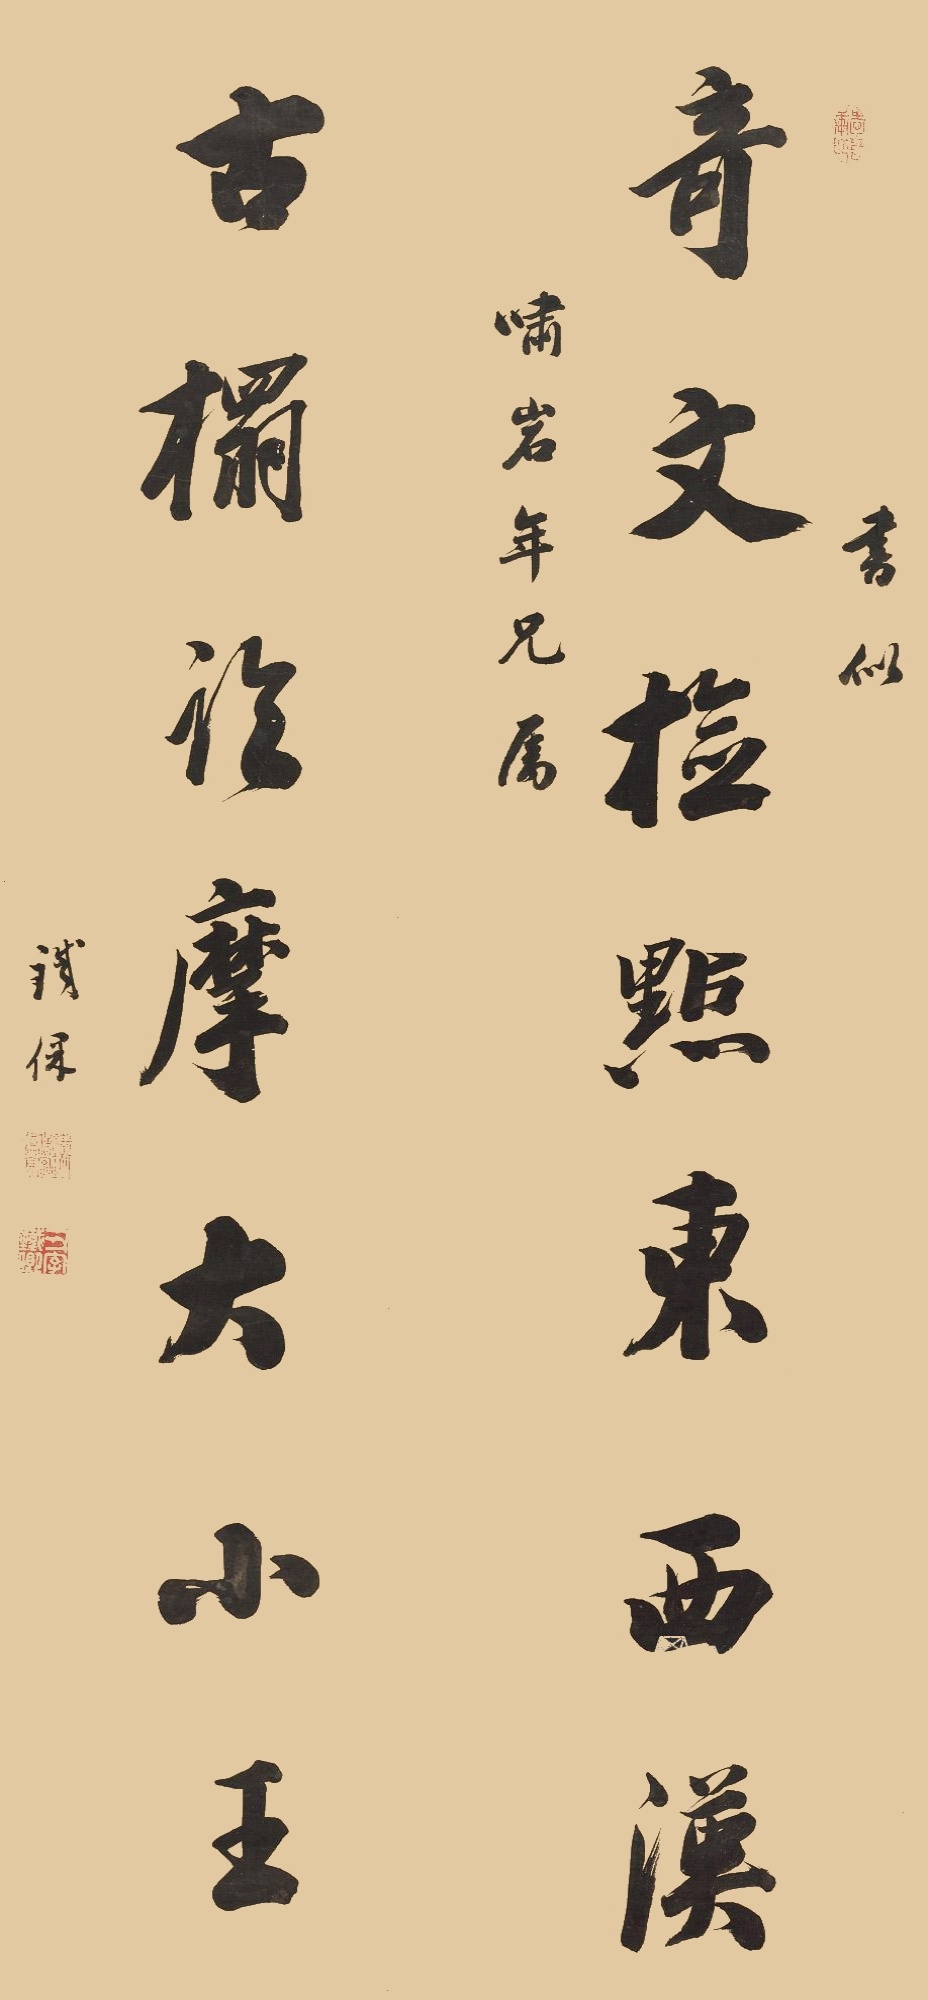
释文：奇文检点东的汉，古榻临摩大小王。书似啸岩年兄属，铁保。